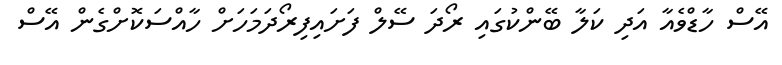
އޭސް ހާޑްވެއާ އަދި ކަލާ ބޭންކުގައި ރޯދަ ސޭލް ފަށައިފިރޯދަމަހަށް ހާއްސަކޮށްގެން އޭސް